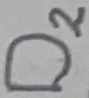
Text: D2